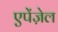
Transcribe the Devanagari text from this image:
एपेंज़ेल